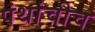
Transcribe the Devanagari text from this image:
पंथांचीच